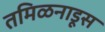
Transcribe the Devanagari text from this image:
तमिळनाडूस